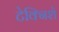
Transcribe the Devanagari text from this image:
टेक्निशे